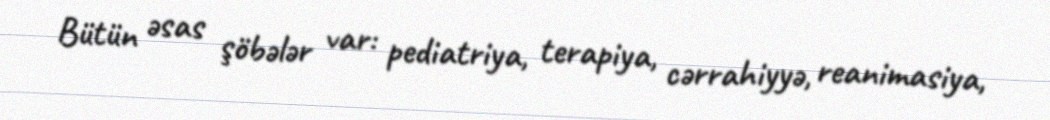
Bütün əsas şöbələr var: pediatriya, terapiya, cərrahiyyə, reanimasiya,